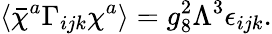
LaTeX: \langle\bar{\chi}^{a}\Gamma_{ijk}\chi^{a}\rangle=g_{8}^{2}\Lambda^{3}\epsilon_{ijk}.